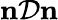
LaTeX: \mathbf{n}\mathcal{D}\mathbf{n}